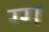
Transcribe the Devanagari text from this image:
ग्ग